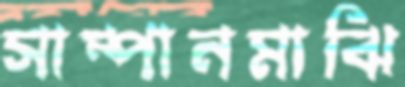
সাম্পানমাঝি